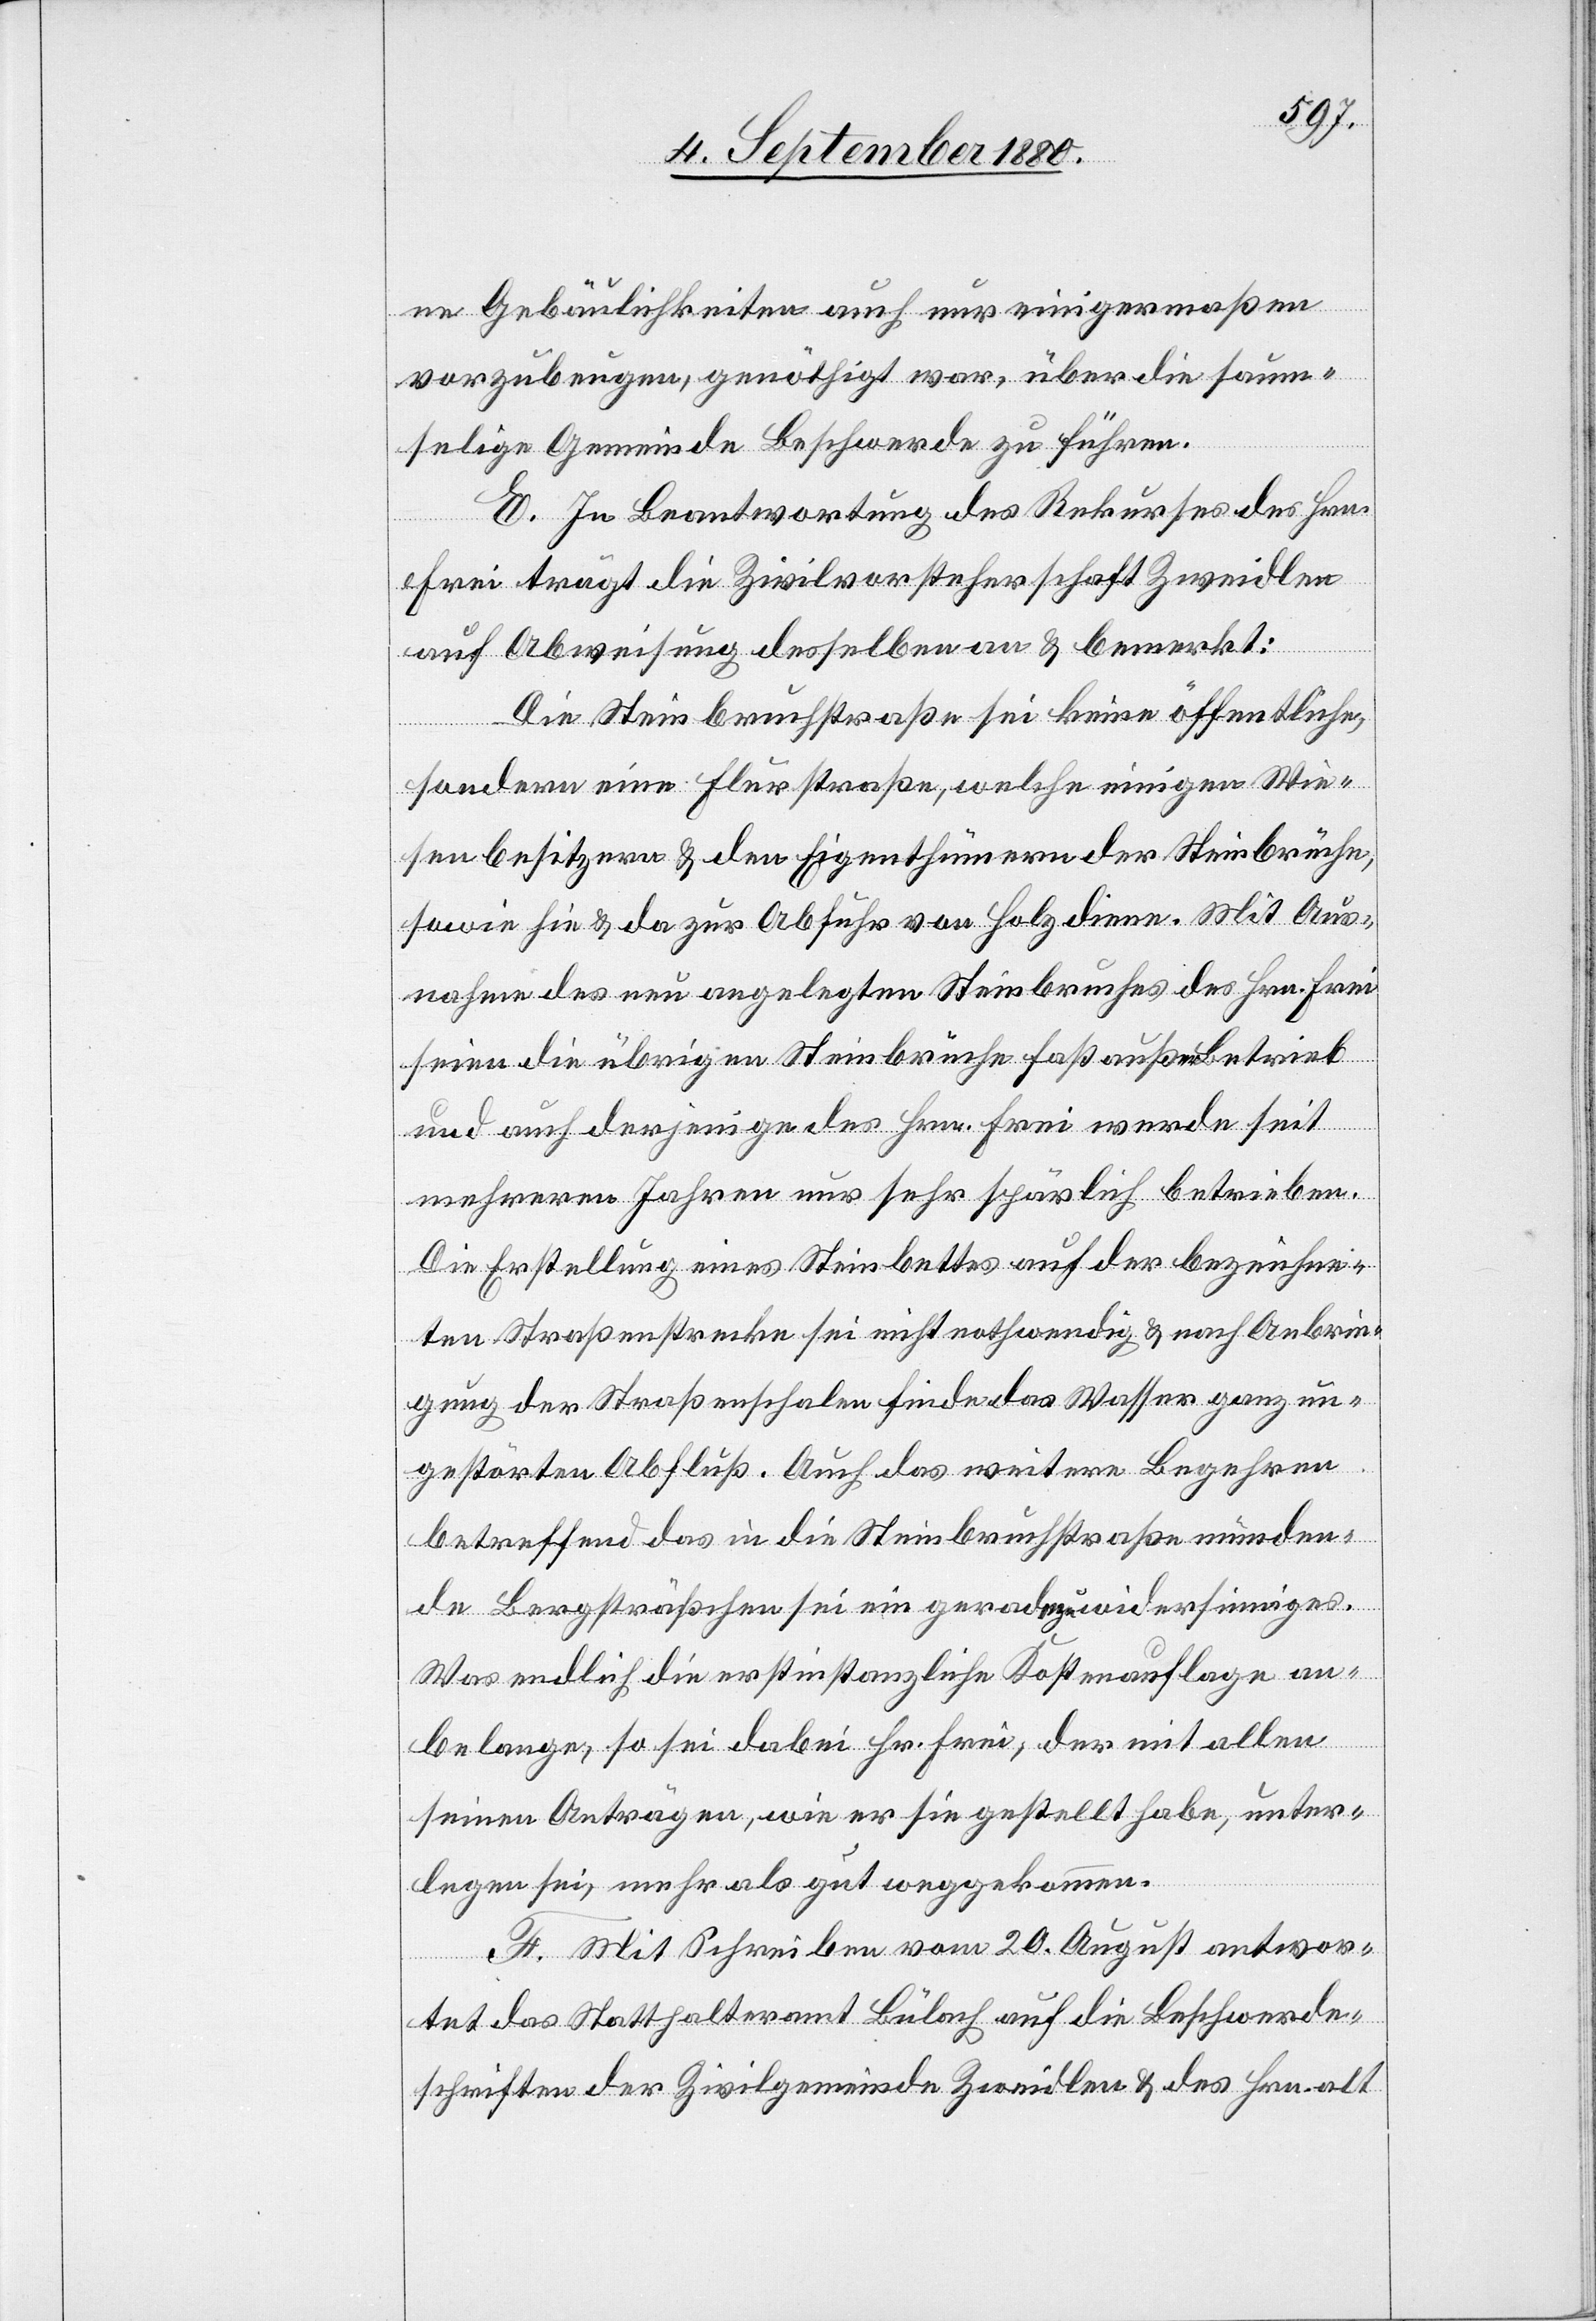
ne Gebäulichkeiten auch nur einigermaßen
vorzubeugen, genöthigt war, über die saum¬
selige Gemeinde Beschwerde zu führen.
E. In Beantwortung des Rekurses des Hrn.
Frei trägt die Zivilvorsteherschaft Zweidlen
auf Abweisung desselben an & bemerkt:
Die Steinbruchstraße sei keine öffentliche,
sondern eine Flurstraße, welche einigen Wie¬
senbesitzern & den Eigenthümern der Steinbrüche,
sowie hie & da zur Abfuhr von Holz diene. Mit Aus¬
nahme des neu angelegten Steinbruches des Hrn. Frei
seien die übrigen Steinbrüche fast außer Betrieb
und auch derjenige des Hrn. Frei werde seit
mehreren Jahren nur sehr spärlich betrieben.
Die Erstellung eines Steinbettes auf der bezeichne¬
ten Straßenstrecke sei nicht nothwendig & nach Anbrin¬
gung der Straßenschalen finde das Wasser ganz un¬
gestörten Abfluß. Auch das weitere begehren
betreffend das in die Steinbruchstraße münden¬
de Bergsträßchen sei ein geradezu widersinniges.
Was endlich die erstinstanzliche Kostenauflage an¬
belange, so sei dabei Hr. Frei, der mit allen
seinen Anträgen, wie er sie gestellt habe, unter¬
legen sei, mehr als gut weggekommen.
F. Mit Schreiben vom 20. August antwor¬
tet das Statthalteramt Bülach auf die Beschwerde¬
schriften der Zivilgemeinde Zweidlen & des Hrn. alt